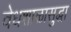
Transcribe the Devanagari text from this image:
वेधशाळासुद्धा